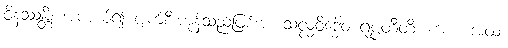
ဝိနဿန္တိ၊ အကယ်၍ ပျက်စီးကုန်သည်ဖြစ်အံ့။ သလ္လဝိဒ္ဓေါဝ ရုပ္ပတီတိ၊ ကား။ အထ၊